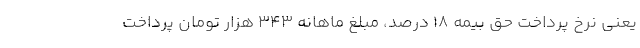
یعنی نرخ پرداخت حق بیمه ۱۸ درصد، مبلغ ماهانه ۳۴۳ هزار تومان پرداخت